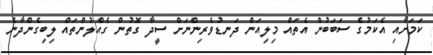
ކަމަށާއި އެކަމުގެ ސަބަބުން އެތައް މިލިއަން ދަނޑުވެރިންނަށް ސީދާ ގޮތުން ގެއްލުންތައް ލިބިގެންދާނެ